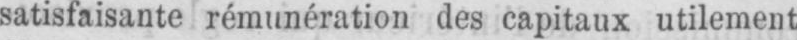
satisfaisante rémunération des capitaux utilement